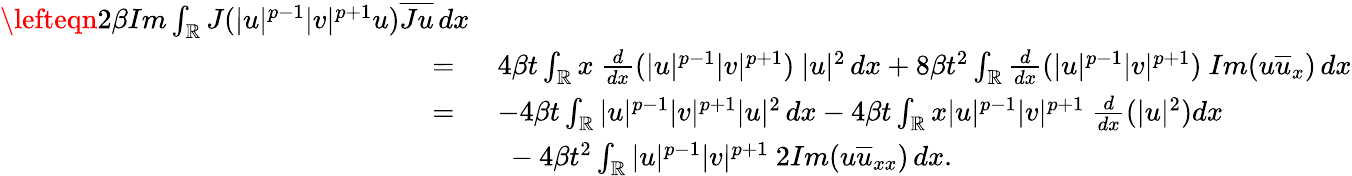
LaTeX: \begin{array}{rl}{\lefteqn{2\beta Im\int_{\mathbb{R}}J(|u|^{p-1}|v|^{p+1}u)\overline{{Ju}}\, dx}}\\ {=\ }&{4\beta t\int_{\mathbb{R}}x\ \frac{d}{dx}(|u|^{p-1}|v|^{p+1})\ |u|^{2}\, dx+8\beta t^{2}\int_{\mathbb{R}}\frac{d}{dx}(|u|^{p-1}|v|^{p+1})\ Im(u\overline{{u}}_{x})\, dx}\\ {=\ }&{-4\beta t\int_{\mathbb{R}}|u|^{p-1}|v|^{p+1}|u|^{2}\, dx-4\beta t\int_{\mathbb{R}}x|u|^{p-1}|v|^{p+1}\ \frac{d}{dx}(|u|^{2})dx}\\ &{\ -4\beta t^{2}\int_{\mathbb{R}}|u|^{p-1}|v|^{p+1}\ 2Im(u\overline{{u}}_{xx})\, dx.}\end{array}